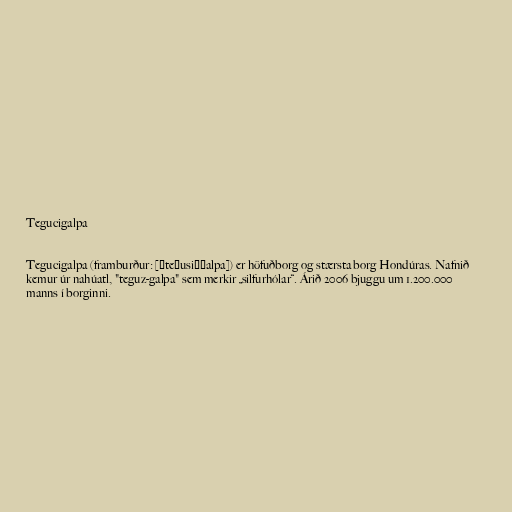
Tegucigalpa

Tegucigalpa (framburður: [ˌteɰusiˈɰalpa]) er höfuðborg og stærsta borg Hondúras. Nafnið
kemur úr nahúatl, "teguz-galpa" sem merkir „silfurhólar“. Árið 2006 bjuggu um 1.200.000
manns í borginni.